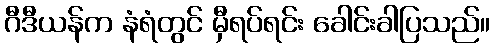
ဂီဒီယန်က နံရံတွင် မှီရပ်ရင်း ခေါင်းခါပြသည်။